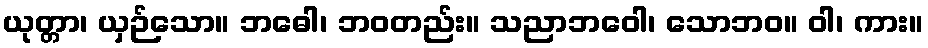
ယုတ္တာ၊ ယှဉ်သော။ ဘဓေါ၊ ဘဝတည်း။ သညာဘဝေါ၊ သောဘဝ။ ဝါ၊ ကား။